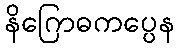
နိဂြောဓကပ္ပေန